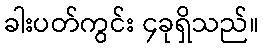
ခါးပတ်ကွင်း ၄ခုရှိသည်။